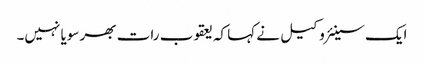
ایک سینئر وکیل نے کہا کہ یعقوب رات بھر سویا نہیں۔